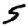
Digit: 5